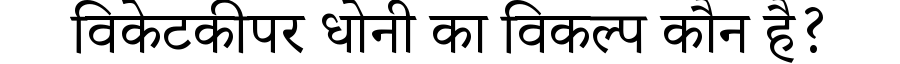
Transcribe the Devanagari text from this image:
विकेटकीपर धोनी का विकल्प कौन है?